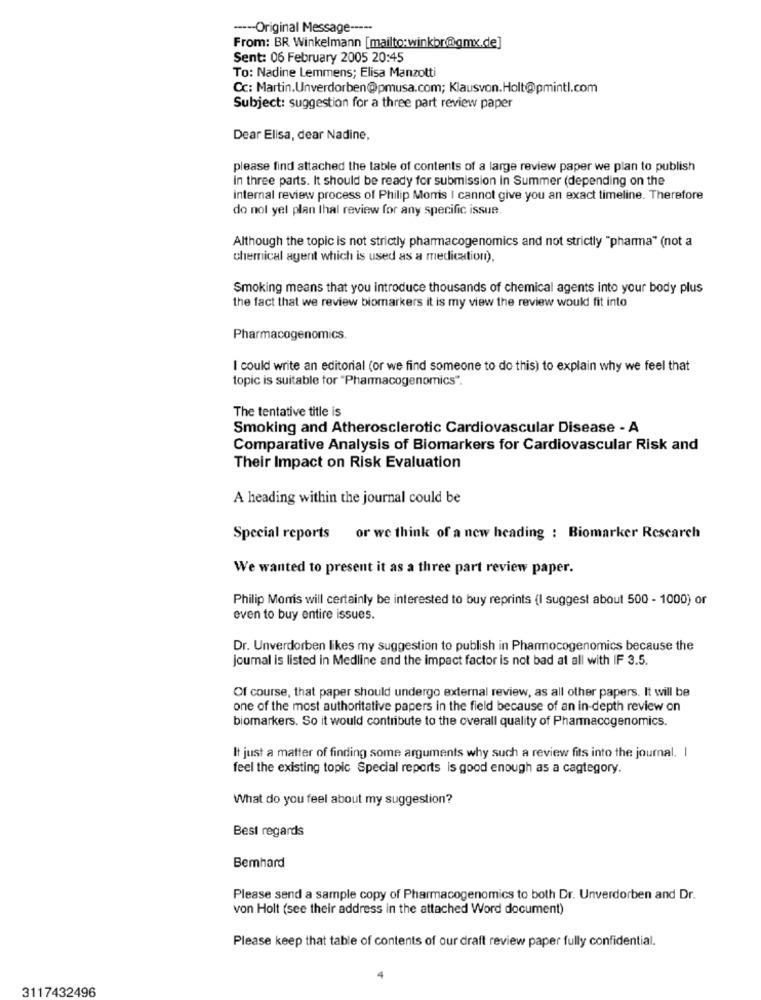
----- Original Message -----
From: BR Winkelmann [mailto:winkbr@gmx.de]
Sent: 06 February 2005 20:45
To: Nadine Lemmens; Elisa Manzotti
Cc: Martin.Unverdorben@pmusa.com; Klausvon.Holt@pmintl.com
Subject: suggestion for a three part review paper
Dear Elisa, dear Nadine,
please find attached the table of contents of a large review paper we plan to publish
In three parts. It should be ready for submission in Summer (depending on the
internal review process of Philip Morris I cannot give you an exact timeline. Therefore
do nol yel plan Ihal review for any specific issue.
Although the topic is not strictly pharmacogenomics and not strictly "pharma" (not a
chemical agent which is used as a medication),
Smoking means that you introduce thousands of chemical agents into your body plus
the fact that we review biomarkers it is my view the review would fit into
Pharmacogenomics.
I could write an editorial (or we find someone to do this) to explain why we feel that
topic is suitable for "Pharmacogenomics".
The tentative title is
Smoking and Atherosclerotic Cardiovascular Disease - A
Comparative Analysis of Biomarkers for Cardiovascular Risk and
Their Impact on Risk Evaluation
A heading within the journal could be
Special reports or we think of a new heading : Biomarker Research
We wanted to present it as a three part review paper.
Philip Morris will certainly be interested to buy reprints (I suggest about 500 - 1000) or
even to buy entire issues.
Dr. Unverdorben likes my suggestion to publish in Pharmocogenomics because the
journal is listed in Medline and the impact factor is not bad at all with IF 3.5.
Of course, that paper should undergo external review, as all other papers. It will be
one of the most authoritative papers in the field because of an in-depth review on
biomarkers. So it would contribute to the overall quality of Pharmacogenomics.
It just a matter of finding some arguments why such a review fits into the journal. I
feel the existing topic Special reports is good enough as a cagtegory.
What do you feel about my suggestion?
Best regards
Bemhard
Please send a sample copy of Pharmacogenomics to both Dr. Unverdorben and Dr.
von Holt (see their address in the attached Word document)
Please keep that table of contents of our draft review paper fully confidential.
3117432496